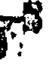
?